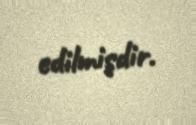
edilmişdir.